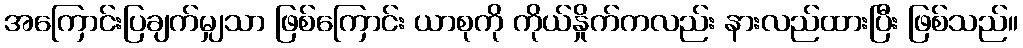
အကြောင်းပြချက်မျှသာ ဖြစ်ကြောင်း ယာစုကို ကိုယ်နှိုက်ကလည်း နားလည်ထားပြီး ဖြစ်သည်။